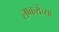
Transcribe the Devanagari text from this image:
लष्करांच्या